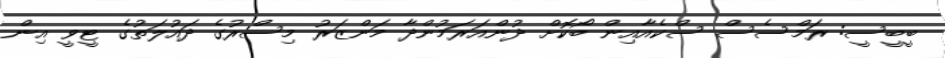
ބީބީސީ: ރަމްސެސް ސްކެއާއިން ބޯކޮށް ދުންއަރަމުންދާ މަންޒަރު މިސްރުގެ ދައުލަތުގެ ޓީވީ އިން